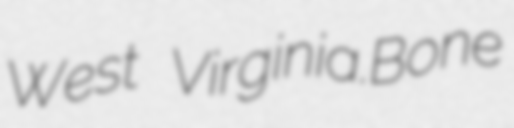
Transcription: West Virginia.Bone